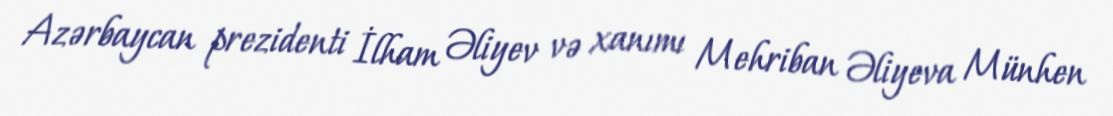
Azərbaycan prezidenti İlham Əliyev və xanımı Mehriban Əliyeva Münhen